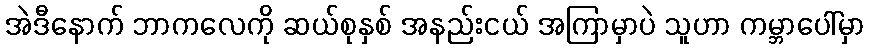
အဲဒီနောက် ဘာကလေကို ဆယ်စုနှစ် အနည်းငယ် အကြာမှာပဲ သူဟာ ကမ္ဘာပေါ်မှာ